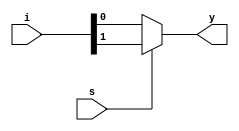
`timescale 1ns / 1ps
//////////////////////////////////////////////////////////////////////////////////
// Company: 
// Engineer: 
// 
// Design Name: 
// Module Name: mux_2x1
// Project Name: 
// Target Devices: 
// Tool Versions: 
// Description: 
// 
// Dependencies: 
// 
// Revision:
// Revision 0.01 - File Created
// Additional Comments:
// 
//////////////////////////////////////////////////////////////////////////////////


module mux_2x1(i,s,y);

input [1:0]i;
input s;
output y;

assign y =(s)?i[1]:i[0];

endmodule